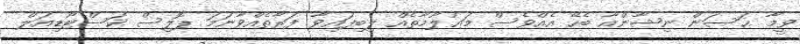
ވީމާ ޙަސަން ނިޝާންއާ ބެހޭ އެއްވެސް މަޢުލޫމާތެއް ލިބިފައިވާ ފަރާތެއްވާނަމަ ޕޮލިސް ކަސްޓޯޑިއަލް